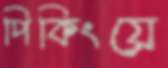
পিকিংয়ে